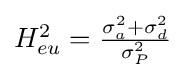
{\textstyle H_{eu}^{2}={\tfrac {\sigma _{a}^{2}+\sigma _{d}^{2}}{\sigma _{P}^{2}}}}